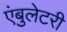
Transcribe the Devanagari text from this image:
एंबुलेटरी